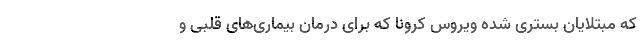
که مبتلایان بستری شده ویروس کرونا که برای درمان بیماری‌های قلبی و